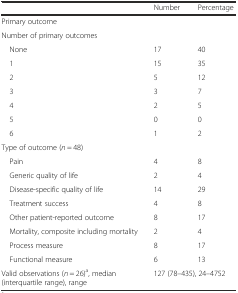
<table><thead><tr><td></td><td><b>Number</b></td><td><b>Percentage</b></td></tr></thead><tbody><tr><td>Primary outcome</td><td></td><td></td></tr><tr><td>Number of primary outcomes</td><td></td><td></td></tr><tr><td> None</td><td>17</td><td>40</td></tr><tr><td> 1</td><td>15</td><td>35</td></tr><tr><td> 2</td><td>5</td><td>12</td></tr><tr><td> 3</td><td>3</td><td>7</td></tr><tr><td> 4</td><td>2</td><td>5</td></tr><tr><td> 5</td><td>0</td><td>0</td></tr><tr><td> 6</td><td>1</td><td>2</td></tr><tr><td>Type of outcome (<i>n</i> = 48)</td><td></td><td></td></tr><tr><td> Pain</td><td>4</td><td>8</td></tr><tr><td> Generic quality of life</td><td>2</td><td>4</td></tr><tr><td> Disease-specific quality of life</td><td>14</td><td>29</td></tr><tr><td> Treatment success</td><td>4</td><td>8</td></tr><tr><td> Other patient-reported outcome</td><td>8</td><td>17</td></tr><tr><td> Mortality, composite including mortality</td><td>2</td><td>4</td></tr><tr><td> Process measure</td><td>8</td><td>17</td></tr><tr><td> Functional measure</td><td>6</td><td>13</td></tr><tr><td>Valid observations (<i>n</i> = 26)<sup>a</sup>, median (interquartile range), range</td><td colspan="2">127 (78–435), 24–4752</td></tr></tbody></table>